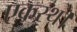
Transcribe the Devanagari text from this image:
एकस्थ।